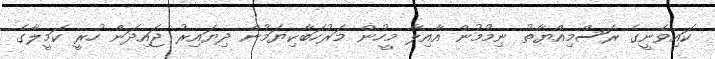
ކައިވެނީގެ ރަސްމިއްޔާތު ނިމުމުން އާއިލާ މީހުން މަރުހަބާކިޔަމުން ދިޔައިރު ޖައިދަން ހުރީ ކަމީލާގެ